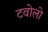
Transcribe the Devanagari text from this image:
टवोलो